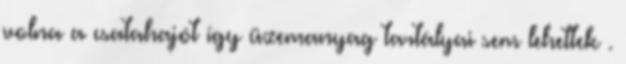
volna a csatahajót így üzemanyag tartályai sem lehettek .